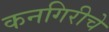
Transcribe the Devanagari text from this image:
कनगिरीचे